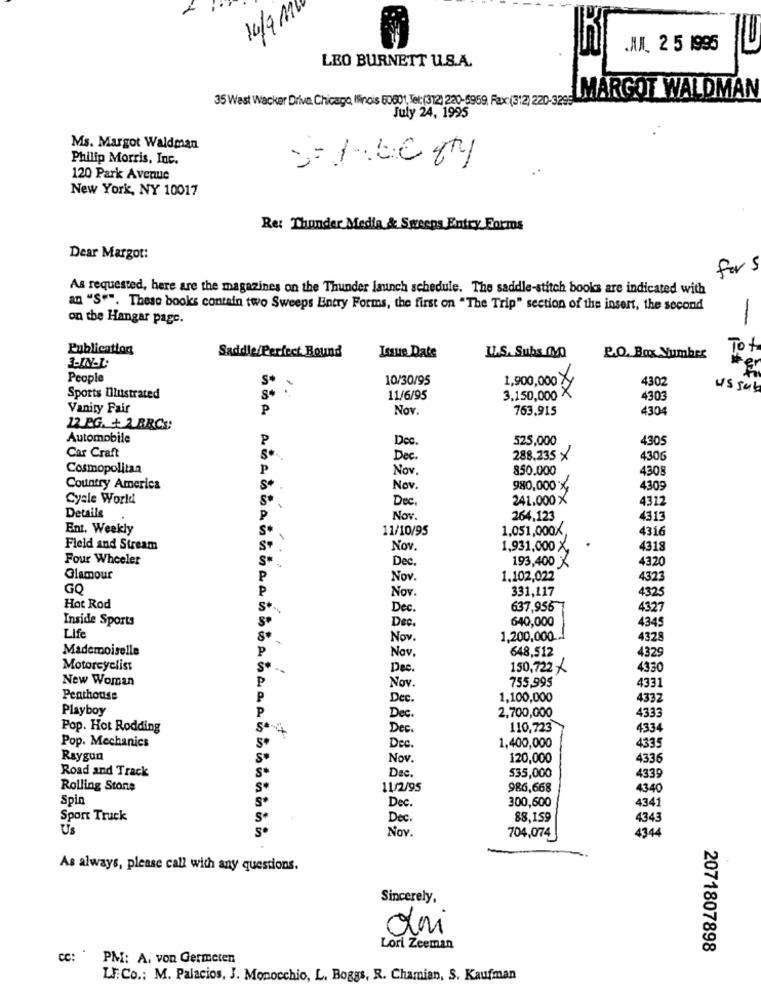
14/9 1
.JUN. 2 5 1995
LEO BURNETT U.S.A.
MARGOT WALDMAN
35 West Wacker Drive, Chicago, Ilinois 60001, Tel: (312) 220-6959, Fax (312) 220-3299
July 24, 1995
Ms. Margot Waldman
Philip Morris, Inc.
120 Park Avenue
New York, NY 10017
Re: Thunder Media & Sweeps Entry Forms
Dear Margot:
fors
As requested, here are the magazines on the Thunder launch schedule. The saddle-stitch books are indicated with
an "S"". These books contain two Sweeps Entry Forms, the first on "The Trip" section of the insert, the second
on the Hangar page.
-
Publication
UL.S. Subs A0
Tot
Saddle/Perfect Bound
Issue Date
P.O. Box Number
3-IN.L.
People
10/30/95
1,900,000 ×
4302
us sub
Sports Ilustrated
11/6/95
3.150,000 X
4303
Vanity Fair
P
Nov.
753.915
4304
12 PG. + 2.BRC.
Automobile
P
Dec.
525,000
4305
Car Craft
Dec.
288,235 x
4306
Cosmopolitan
P
Nov.
850.000
430!
Country America
Nov.
980,000 %
4309
Cyele World
Dec.
241.000 X
4312
Details
Nov.
264,123
4313
Ent. Weekly
5*
11/10/95
1.051,000X,
4316
Field and Stream
Nov.
1,931,000 X
4318
Four Wheeler
S*
Dec.
4320
193,400 X
Glamour
P
Nov.
1.102,022
4323
GQ
P
Nov.
331,117
4325
Hot Rod
S+
Dec.
637,956
4327
Inside Sports
Dec.
640,000
4345
Life
Nov.
1,200,000 ..
4328
Mademoiselle
P
Nov.
648,512
4329
Motorcyclist
Dec.
150,722 /
4330
New Woman
P
755,995
Nov
4331
Penthouse
P
Dec.
1,100,000
4332
Playboy
2,700,000
4333
Dec.
Pop. Hot Rodding
5 4
Dec.
110.723
4334
Pop. Mechanics
Dec.
4335
1,400,000
Raygun
Nov.
120,000
4336
Road and Track
Dec.
4339
535,000
Rolling Stone
5*
11/2/95
986,668
4340
Spin
Dec.
300,600
4341
Sport Truck
Dec.
88,159
4343
Us
S.
Nov.
4344
704,074
As always, please call with any questions.
Sincerely,
dai
Lori Zeeman
2071807898
cc: "
PM: A. von Germeten
LE.Co .: M. Palacios, J. Monocchio, L. Boggs, R. Chamian, S. Kaufman